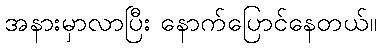
အနားမှာလာပြီး နောက်ပြောင်နေတယ်။